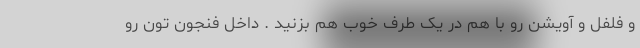
و فلفل و آویشن رو با هم در یک طرف خوب هم بزنید . داخل فنجون تون رو